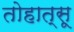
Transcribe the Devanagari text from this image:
तोहात्सू